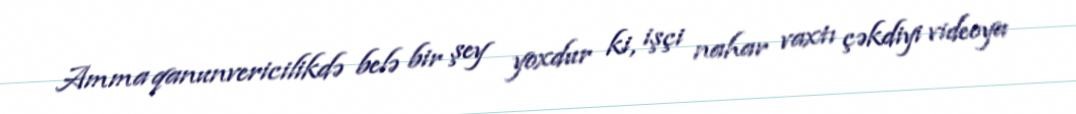
Amma qanunvericilikdə belə bir şey yoxdur ki, işçi nahar vaxtı çəkdiyi videoya